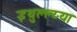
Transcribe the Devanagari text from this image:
इथुल्ल्य्या